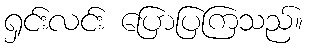
ရှင်းလင်း ပြောပြကြသည်။